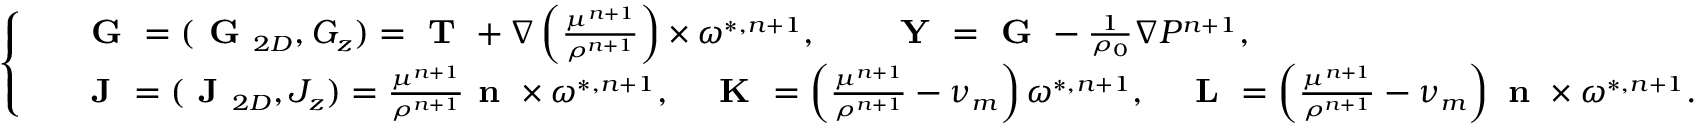
\small \left\{ \begin{array} { r l } & { \textbf { G } = ( \textbf { G } _ { 2 D } , G _ { z } ) = \textbf { T } + \nabla \left( \frac { \mu ^ { n + 1 } } { \rho ^ { n + 1 } } \right) \times \boldsymbol { \omega } ^ { * , n + 1 } , \qquad \textbf { Y } = \textbf { G } - \frac { 1 } { \rho _ { 0 } } \nabla P ^ { n + 1 } , } \\ & { \textbf { J } = ( \textbf { J } _ { 2 D } , J _ { z } ) = \frac { \mu ^ { n + 1 } } { \rho ^ { n + 1 } } \textbf { n } \times \boldsymbol { \omega } ^ { * , n + 1 } , \quad \textbf { K } = \left( \frac { \mu ^ { n + 1 } } { \rho ^ { n + 1 } } - \nu _ { m } \right) \boldsymbol { \omega } ^ { * , n + 1 } , \quad \textbf { L } = \left( \frac { \mu ^ { n + 1 } } { \rho ^ { n + 1 } } - \nu _ { m } \right) \textbf { n } \times \boldsymbol { \omega } ^ { * , n + 1 } . } \end{array} \right.